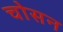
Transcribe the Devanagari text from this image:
चोसन